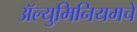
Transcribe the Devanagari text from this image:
ॲल्युमिनियमचे